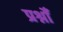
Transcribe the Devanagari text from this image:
प्रश्नोँ